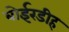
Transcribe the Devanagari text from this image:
बोईरडीह